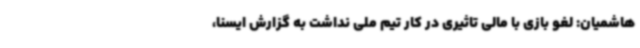
هاشمیان: لغو بازی با مالی تاثیری در کار تیم ملی نداشت به گزارش ایسنا،